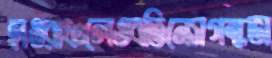
হাওরাঞ্চলেওবতিনেসগন্ধভা